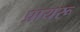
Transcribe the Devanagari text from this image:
प्रायरू